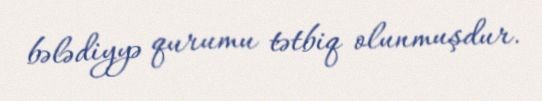
bələdiyyə qurumu tətbiq olunmuşdur.